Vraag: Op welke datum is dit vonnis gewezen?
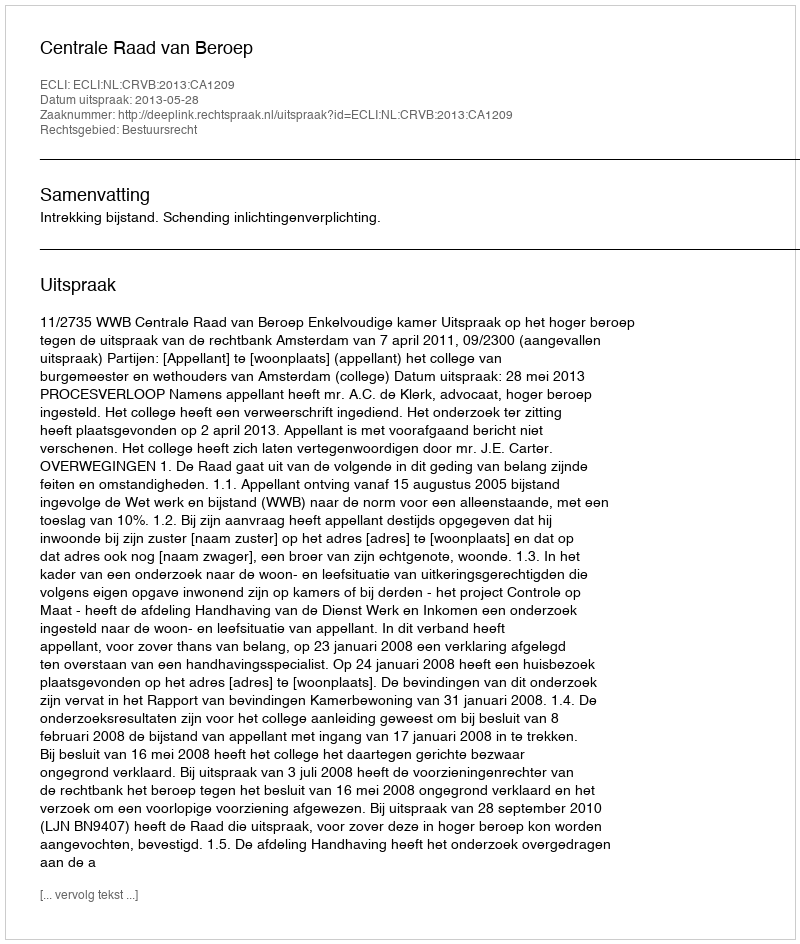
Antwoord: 2013-05-28